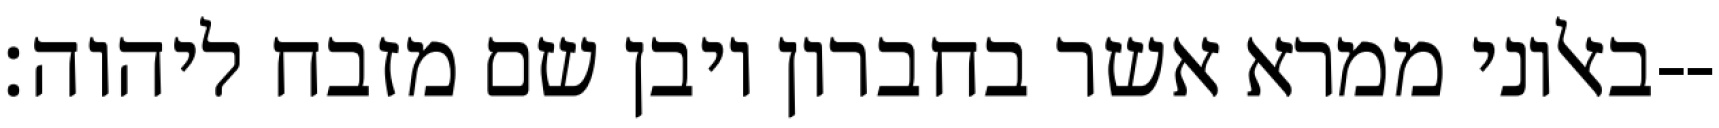
באלוני ממרא אשר בחברון ויבן שם מזבח ליהוה׃--